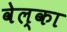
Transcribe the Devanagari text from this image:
वेल्का